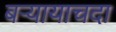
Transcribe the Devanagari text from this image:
बऱ्यायाचदा